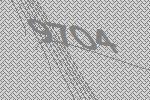
9704